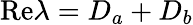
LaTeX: \mathrm{Re}\lambda=D_{a}+D_{b}